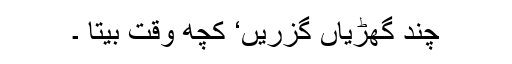
چند گھڑیاں گزریں‘ کچھ وقت بیتا ۔